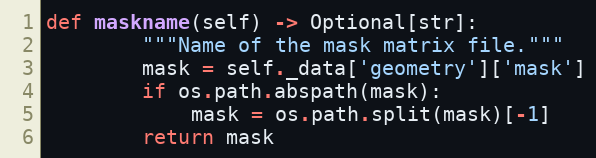
Language: Python
def maskname(self) -> Optional[str]:
        """Name of the mask matrix file."""
        mask = self._data['geometry']['mask']
        if os.path.abspath(mask):
            mask = os.path.split(mask)[-1]
        return mask